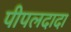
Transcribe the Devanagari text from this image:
पीपलदादा